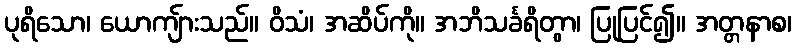
ပုရိသော၊ ယောကျ်ားသည်။ ဝိသံ၊ အဆိပ်ကို။ အဘိသင်္ခရိတွာ၊ ပြုပြင်၍။ အတ္တနာစ၊